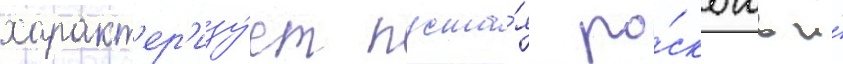
характ'ер'изу́ет пуста́я ро́скошь и́